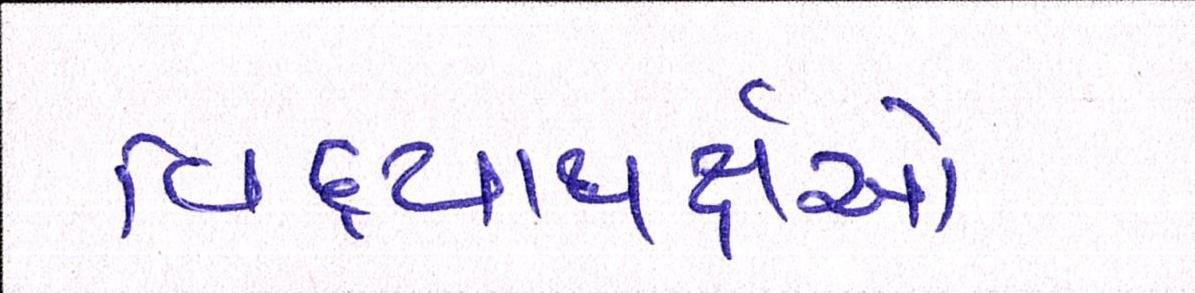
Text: વિદ્યાથર્ક્ષઓ